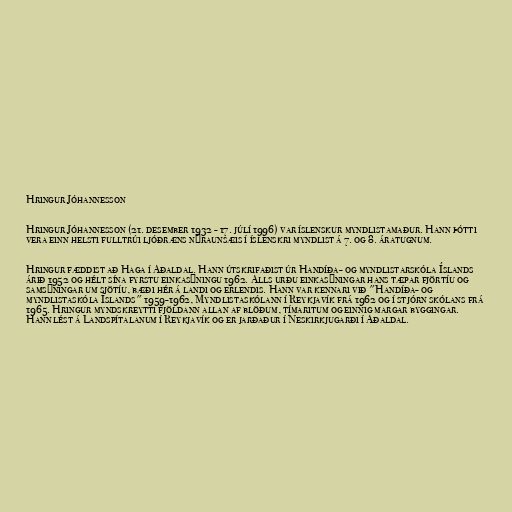
Hringur Jóhannesson

Hringur Jóhannesson (21. desember 1932 - 17. júlí 1996) var íslenskur myndlistamaður. Hann þótti
vera einn helsti fulltrúi ljóðræns nýraunsæis í íslenskri myndlist á 7. og 8. áratugnum.

Hringur fæddist að Haga í Aðaldal. Hann útskrifaðist úr Handíða- og myndlistarskóla Íslands
árið 1952 og hélt sína fyrstu einkasýningu 1962. Alls urðu einkasýningar hans tæpar fjörtíu og
samsýningar um sjötíu, bæði hér á landi og erlendis. Hann var kennari við "Handíða- og
myndlistaskóla Íslands" 1959-1962, Myndlistaskólann í Reykjavík frá 1962 og í stjórn skólans frá
1965. Hringur myndskreytti fjöldann allan af blöðum, tímaritum og einnig margar byggingar.
Hann lést á Landspítalanum í Reykjavík og er jarðaður í Neskirkjugarði í Aðaldal.